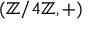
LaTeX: ( \mathbb { Z } / 4 \mathbb { Z } , + )